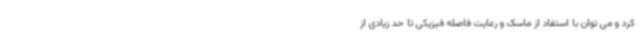
کرد و می توان با استفاد از ماسک و رعایت فاصله فیزیکی تا حد زیادی از